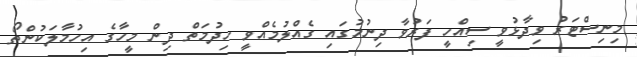
މިނިސްޓަރު ވިދާޅުވީ ސިއްހީ ފަރުވާ ދިނުމުގައި ގެއްލުމެއްވީ ހިދުމަތް ދިން މީހާގެ އިހުމާލަކުންތޯ